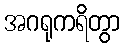
အဂရုကရိတွာ